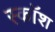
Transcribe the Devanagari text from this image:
स्कॉश